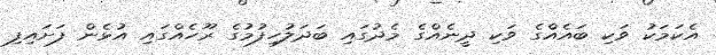
އެކަމަކު ވަކި ބައެއްގެ ވަކި ދީނެއްގެ މެދުގައި ބަދަލުހިފުމުގެ ރޫހެއްގައި އުޅެން ފަށައިފި